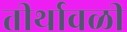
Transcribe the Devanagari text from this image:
तीर्थावळी